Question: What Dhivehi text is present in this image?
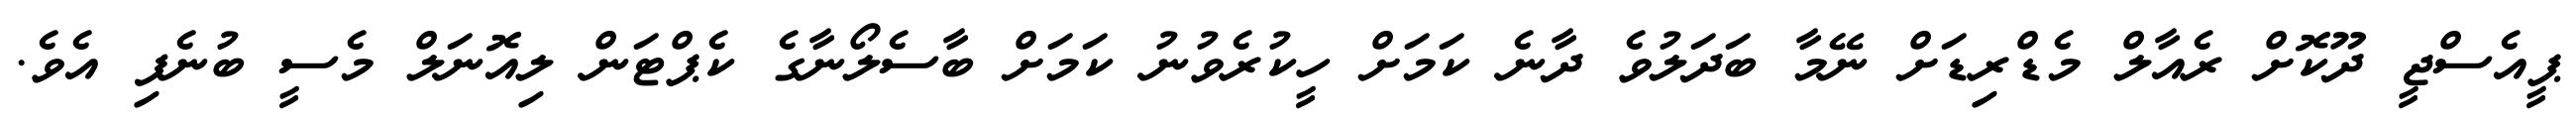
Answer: ޕީއެސްޖީ ދޫކޮށް ރެއާލް މެޑްރިޑަށް ނޭމާ ބަދަލުވެ ދާނެ ކަމަށް ހީކުރެވުނު ކަމަށް ބާސެލޯނާގެ ކެޕްޓަން ލިއޮނަލް މެސީ ބުނެފި އެވެ.